Annual administration report of the Civil Veterinary Department of India - 1897-1898
Year: 1897
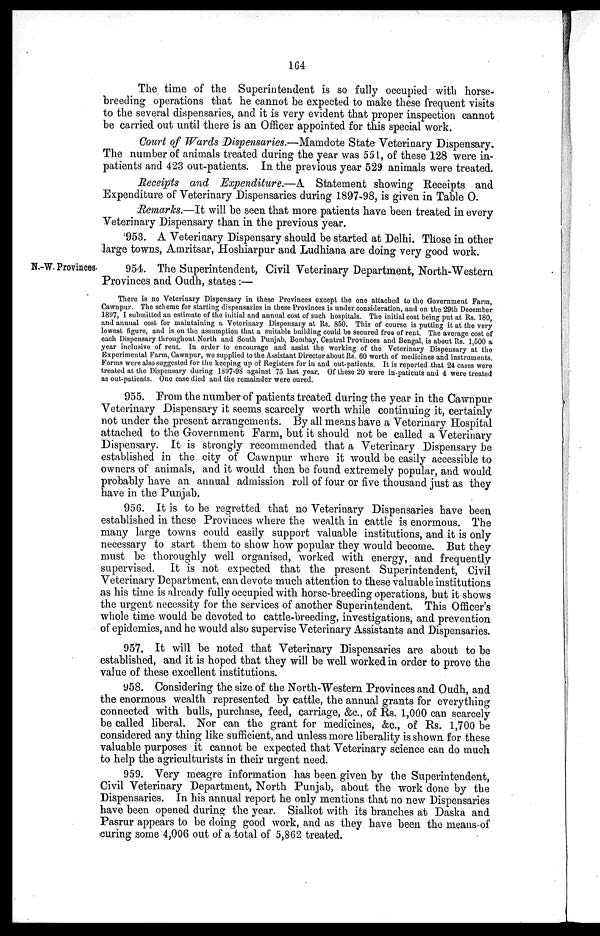
164
The time of the Superintendent is so fully occupied with horse-
breeding operations that he cannot be expected to make these frequent visits
to the several dispensaries, and it is very evident that proper inspection cannot
be carried out until there is an Officer appointed for this special work.
Court of Wards Dispensaries.—Mamdote State Veterinary Dispensary.
The number of animals treated during the year was 551, of these 128 were in-
patients and 423 out-patients. In the previous year 529 animals were treated.
Receipts and Expenditure.—A Statement showing Receipts and
Expenditure of Veterinary Dispensaries during 1897-98, is given in Table O.
Remarks.—It will be seen that more patients have been treated in every
Veterinary Dispensary than in the previous year.
953. A Veterinary Dispensary should be started at Delhi. Those in other
large towns, Amritsar, Hoshiarpur and Ludhiana are doing very good work.
N.-W. Provinces.
954. The Superintendent, Civil Veterinary Department, North-Western
Provinces and Oudh, states:—
There is no Veterinary Dispensary in these Provinces except the one attached to the Government Farm,
Cawnpur. The scheme for starting dispensaries in these Provinces is under consideration, and on the 29th December
1897, I submitted an estimate of the initial and annual cost of such hospitals. The initial cost being put at Rs. 180,
and annual cost for maintaining a Veterinary Dispensary at Rs. 850. This of course is putting it at the very
lowest figure, and is on the assumption that a suitable building could be secured free of rent. The average cost of
each Dispensary throughout North and South Punjab, Bombay, Central Provinces and Bengal, is about Rs. 1,500 a
year inclusive of rent. In order to encourage and assist the working of the Veterinary Dispensary at the
Experimental Farm, Cawnpur, we supplied to the Assistant Director about Rs. 60 worth of medicines and instruments.
Forms were also suggested for the keeping up of Registers for in and out-patients. It is reported that 24 cases were
treated at the Dispensary during 1897-98 against 75 last year. Of these 20 were in-patients and 4 were treated
as out-patients. One case died and the remainder were cured.
955. From the number of patients treated during the year in the Cawnpur
Veterinary Dispensary it seems scarcely worth while continuing it, certainly
not under the present arrangements. By all means have a Veterinary Hospital
attached to the Government Farm, but it should not be called a Veterinary
Dispensary. It is strongly recommended that a Veterinary Dispensary be
established in the city of Cawnpur where it would be easily accessible to
owners of animals, and it would then be found extremely popular, and would
probably have an annual admission roll of four or five thousand just as they
have in the Punjab.
956. It is to be regretted that no Veterinary Dispensaries have been
established in these Provinces where the wealth in cattle is enormous. The
many large towns could easily support valuable institutions, and it is only
necessary to start them to show how popular they would become. But they
must be thoroughly well organised, worked with energy, and frequently
supervised. It is not expected that the present Superintendent, Civil
Veterinary Department, can devote much attention to these valuable institutions
as his time is already fully occupied with horse-breeding operations, but it shows
the urgent necessity for the services of another Superintendent. This Officer's
whole time would be devoted to cattle-breeding, investigations, and prevention
of epidemics, and he would also supervise Veterinary Assistants and Dispensaries.
957. It will be noted that Veterinary Dispensaries are about to be
established, and it is hoped that they will be well worked in order to prove the
value of these excellent institutions.
958. Considering the size of the North-Western Provinces and Oudh, and
the enormous wealth represented by cattle, the annual grants for everything
connected with bulls, purchase, feed, carriage, &c., of Rs. 1,000 can scarcely
be called liberal. Nor can the grant for medicines, &c., of Rs. 1,700 be
considered any thing like sufficient, and unless more liberality is shown for these
valuable purposes it cannot be expected that Veterinary science can do much
to help the agriculturists in their urgent need.
959. Very meagre information has been given by the Superintendent,
Civil Veterinary Department, North Punjab, about the work done by the
Dispensaries. In his annual report he only mentions that no new Dispensaries
have been opened during the year. Sialkot with its branches at Daska and
Pasrur appears to be doing good work, and as they have been the means of
curing some 4,006 out of a total of 5,862 treated.